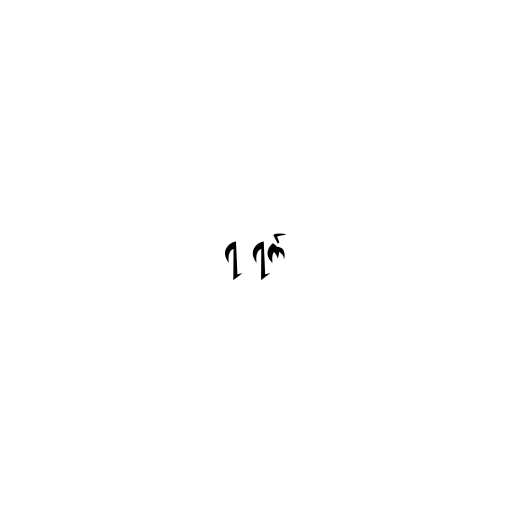
၇ ရက်